Scientific memoirs by medical officers of the Army of India - Part VII,
Year: 1892
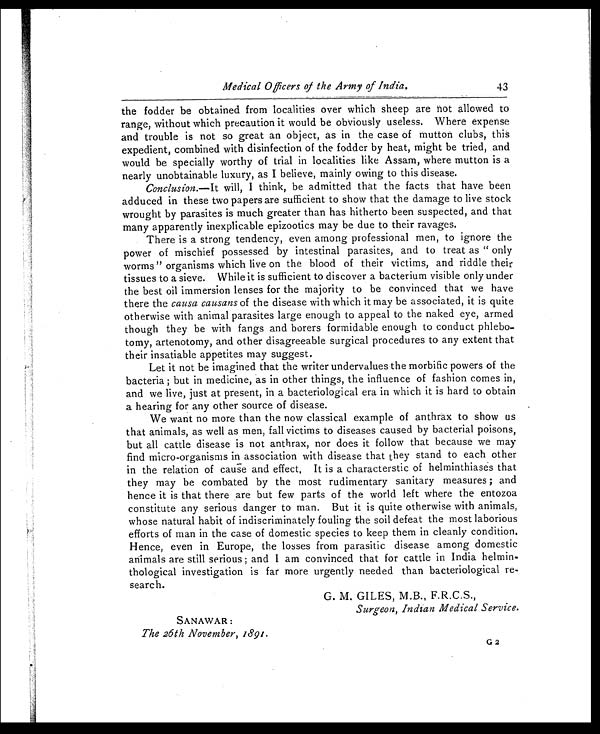
Medical Officers of the Army of India.
43
the fodder be obtained from localities over which sheep are riot allowed to
range, without which precaution it would be obviously useless. Where expense
and trouble is not so great an object, as in the case of mutton clubs, this
expedient, combined with disinfection of the fodder by heat, might be tried, and
would be specially worthy of trial in localities like Assam, where mutton is a
nearly unobtainable luxury, as I believe, mainly owing to this disease.
Conclusion. —It will, I think, be admitted that the facts that have been
adduced in these two papers are sufficient to show that the damage to live stock
wrought by parasites is much greater than has hitherto been suspected, and that
many apparently inexplicable epizootics may be due to their ravages.
There is a strong tendency, even among professional men, to ignore the
power of mischief possessed by intestinal parasites, and to treat as " only
worms" organisms which live on the blood of their victims, and riddle their
tissues to a sieve. While it is sufficient to discover a bacterium visible only under
the best oil immersion lenses for the majority to be convinced that we have
there the causa causans of the disease with which it may be associated, it is quite
otherwise with animal parasites large enough to appeal to the naked eye, armed
though they be with fangs and borers formidable enough to conduct phlebo-
tomy, artenotomy, and other disagreeable surgical procedures to any extent that
their insatiable appetites may suggest.
Let it not be imagined that the writer undervalues the morbific powers of the
bacteria ; but in medicine, as in other things, the influence of fashion comes in,
and we live, just at present, in a bacteriological era in which it is hard to obtain
a hearing for any other source of disease.
We want no more than the now classical example of anthrax to show us
that animals, as well as men, fall victims to diseases caused by bacterial poisons,
but all cattle disease is not anthrax, nor does it follow that because we may
find micro-organisms in association with disease that they stand to each other
in the relation of cause and effect, It is a characterstic of helminthiases that
they may be combated by the most rudimentary sanitary measures ; and
hence it is that there are but few parts of the world left where the entozoa
constitute any serious danger to man. But it is quite otherwise with animals,
whose natural habit of indiscriminately fouling the soil defeat the most laborious
efforts of man in the case of domestic species to keep them in cleanly condition.
Hence, even in Europe, the losses from parasitic disease among domestic
animals are still serious ; and I am convinced that for cattle in India helmin-
thological investigation is far more urgently needed than bacteriological re-
search.
SANAWAR :
The 26th November, 1891.
G2
G. M. GILES, M.B., F.R.C.S.,
Surgeon, Indian Medical Service.